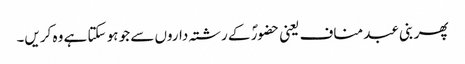
پھر بنی عبد مناف یعنی حضورؐ کے رشتہ داروں سے جو ہو سکتا ہے وہ کریں۔